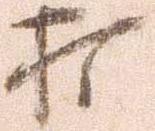
打